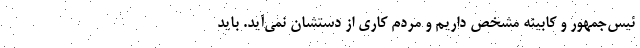
ئیس‌جمهور و کابینه مشخص داریم و مردم کاری از دستشان نمی‌آید. باید